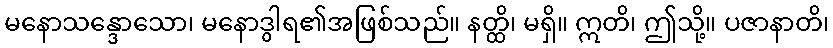
မနောသန္ဒောသော၊ မနောဒွါရ၏အဖြစ်သည်။ နတ္ထိ၊ မရှိ။ ဣတိ၊ ဤသို့။ ပဇာနာတိ၊